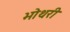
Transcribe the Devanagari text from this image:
भोथरी